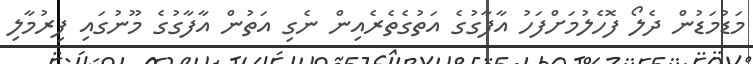
މަޑުމަޑުން ދެލޯ ފޮހެލުމަށްފަހު އާފާގުގެ އަތުގެތެރެއިން ނެގި އަތުން އާފާގުގެ މޫނުގައި ފިރުމާލި